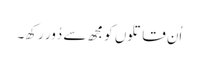
اُن قاتلوں کو مجھ سے دُور رکھ۔